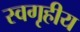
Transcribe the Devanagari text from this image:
स्वगृहीय